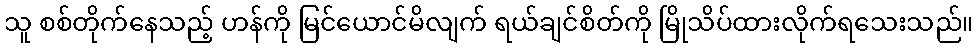
သူ စစ်တိုက်နေသည့် ဟန်ကို မြင်ယောင်မိလျက် ရယ်ချင်စိတ်ကို မြိုသိပ်ထားလိုက်ရသေးသည်။